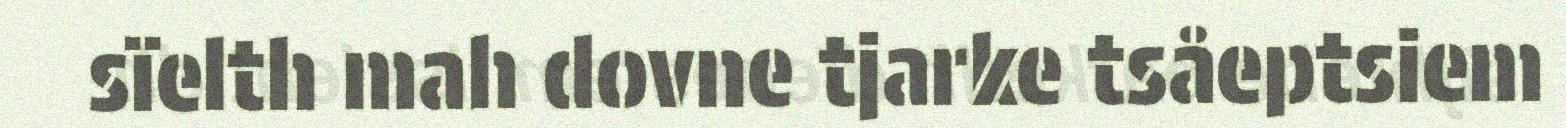
sïelth mah dovne tjarke tsåeptsiem